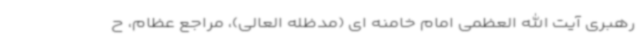
رهبری آیت الله العظمی امام خامنه ای (مدظله العالی)، مراجع عظام، ح